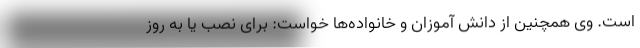
است. وی همچنین از دانش آموزان و خانواده‌ها خواست: برای نصب یا به روز